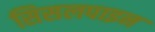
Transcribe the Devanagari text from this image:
सिसलपाइन